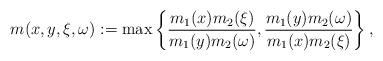
LaTeX: \begin{align*} m(x,y,\xi,\omega) := \max \left\{\frac{m_1(x)m_2(\xi)}{m_1(y)m_2(\omega)},\frac{m_1(y)m_2(\omega)}{m_1(x)m_2(\xi)}\right\}, \end{align*}